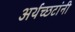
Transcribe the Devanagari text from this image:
अर्थच्‍छटांनी